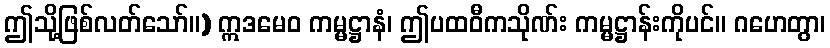
ဤသို့ဖြစ်လတ်သော်။) ဣဒမေဝ ကမ္မဋ္ဌာနံ၊ ဤပထဝီကသိုဏ်း ကမ္မဋ္ဌာန်းကိုပင်။ ဂဟေတွာ၊